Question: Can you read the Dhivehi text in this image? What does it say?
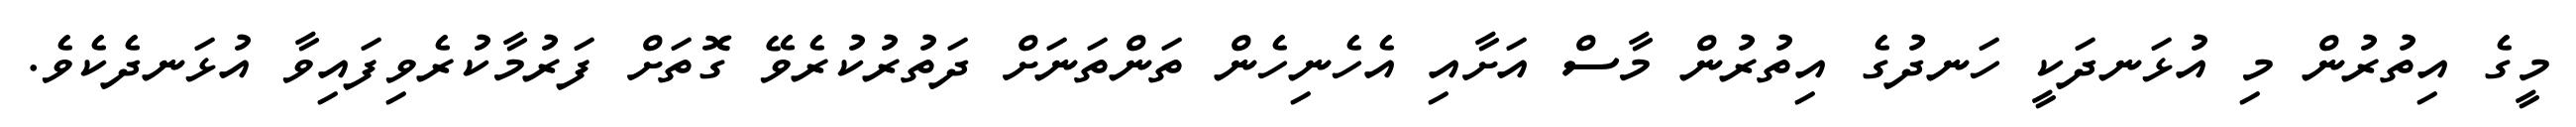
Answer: މީގެ އިތުރުން މި އުޅަނދަކީ ހަނދުގެ އިތުރުން މާސް އަށާއި އެހެނިހެން ތަންތަނަށް ދަތުރުކުރެވޭ ގޮތަށް ފަރުމާކުރެވިފައިވާ އުޅަނދެކެވެ.